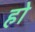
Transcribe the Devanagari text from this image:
हाे